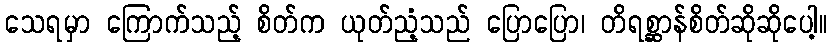
သေရမှာ ကြောက်သည့် စိတ်က ယုတ်ညံ့သည် ပြောပြော၊ တိရစ္ဆာန်စိတ်ဆိုဆိုပေါ့။